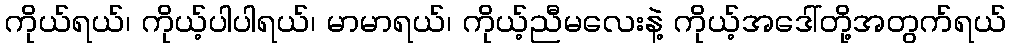
ကိုယ်ရယ်၊ ကိုယ့်ပါပါရယ်၊ မာမာရယ်၊ ကိုယ့်ညီမလေးနဲ့ ကိုယ့်အဒေါ်တို့အတွက်ရယ်